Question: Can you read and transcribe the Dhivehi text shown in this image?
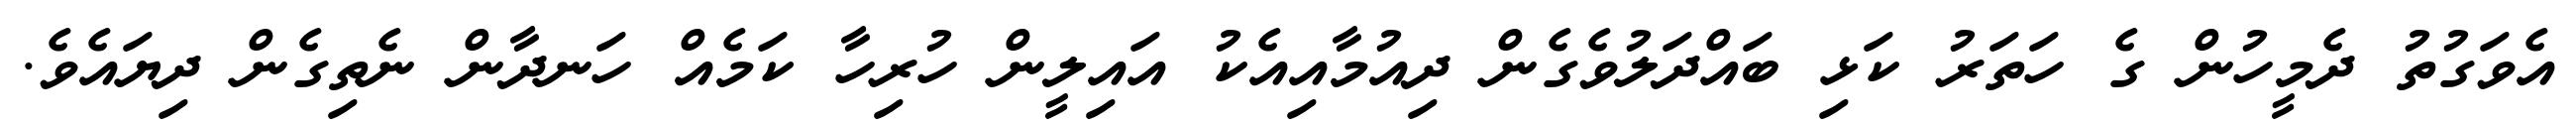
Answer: އެވަގުތު ދެމީހުން ގެ ހަތަރު ކަޅި ބައްދަލުވެގެން ދިއުމާއިއެކު އައިލީން ހުރިހާ ކަމެއް ހަނދާން ނެތިގެން ދިޔައެވެ.